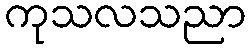
ကုသလသညာ